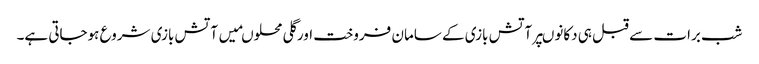
شب برات سے قبل ہی دکانوںپرآتش بازی کے سامان فروخت اورگلی محلوںمیں آتش بازی شروع ہوجاتی ہے۔